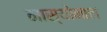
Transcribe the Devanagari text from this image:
नास्योनाल